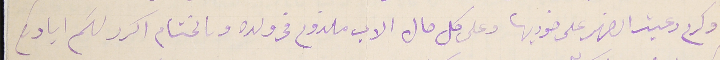
وكرم رعية الضهر على خوريها وعلى كل حال الاب ملزوم فى ولده وىالختام اكرر لتم اياديكم